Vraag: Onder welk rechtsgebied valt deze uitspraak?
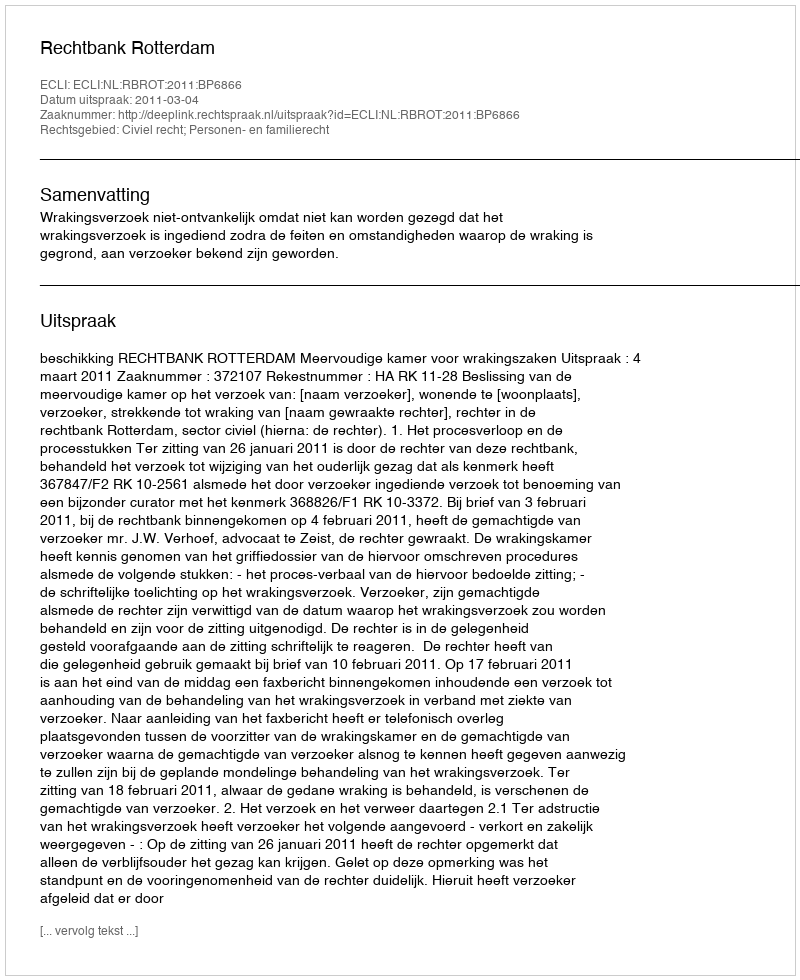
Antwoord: Civiel recht; Personen- en familierecht